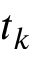
t _ { k }